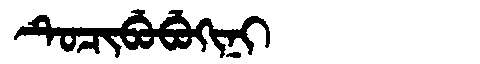
Manchu: ᡨᡠᠴᡳᠪᡠᠪᡠᡴᡳᠨᡳ
Romanization: TUCIBUBUKINI